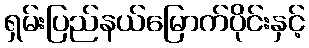
ရှမ်းပြည်နယ်မြောက်ပိုင်းနှင့်